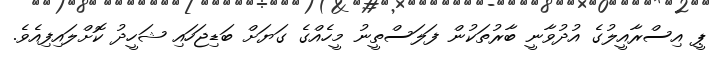
ޕީ އިސްރާއީލުގެ އުދުވާނީ ބާރުތަކުން ފަލަސްތީނު މީހެއްގެ ގަޔަށް ބަޑިޖަހައި ޝަހީދު ކޮށްލައިފިއެވެ.